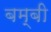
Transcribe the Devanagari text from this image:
बम्बी